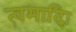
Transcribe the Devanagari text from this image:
त्वमादिः